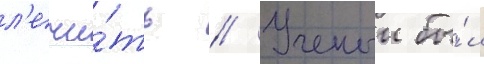
л'ечи́ть // Ученыи бы́л